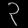
Digit: ၃